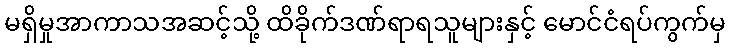
မရှိမှုအာကာသအဆင့်သို့ ထိခိုက်ဒဏ်ရာရသူများနှင့် မောင်ငံရပ်ကွက်မှ